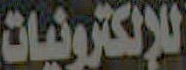
للإلكترونيات